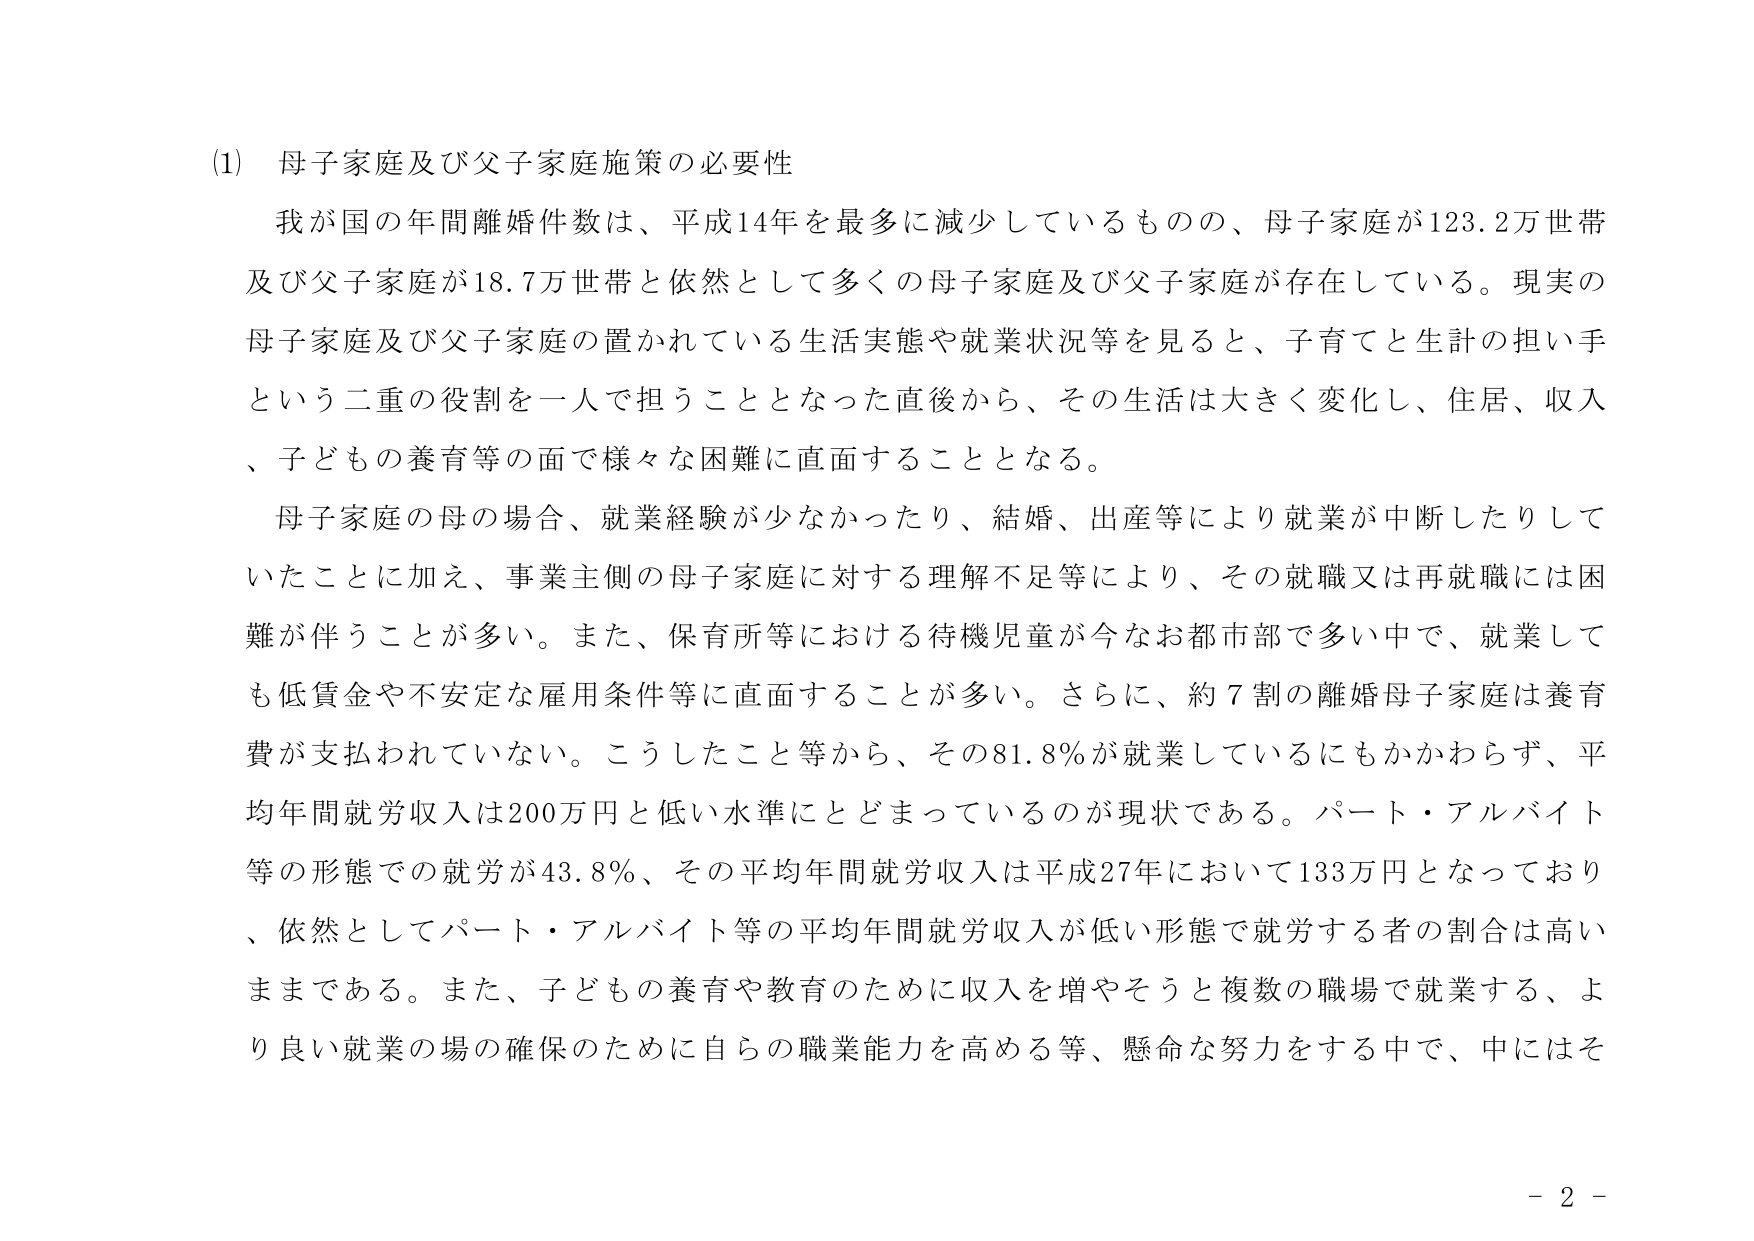
(1) 母子家庭及び父子家庭施策の必要性
我が国の年間離婚件数は、平成14年を最多に減少しているものの、母子家庭が123.2万世帯及び父子家庭が18.7万世帯と依然として多くの母子家庭及び父子家庭が存在している。現実の母子家庭及び父子家庭の置かれている生活実態や就業状況等を見ると、子育てと生計の担い手という二重の役割を一人で担うこととなった直後から、その生活は大きく変化し、住居、収入、子どもの養育等の面で様々な困難に直面することとなる。
母子家庭の母の場合、就業経験が少なかったり、結婚、出産等により就業が中断したりしていたことに加え、事業主側の母子家庭に対する理解不足等により、その就職又は再就職には困難が伴うことが多い。また、保育所等における待機児童が今なお都市部で多い中で、就業しても低賃金や不安定な雇用条件等に直面することが多い。さらに、約7割の離婚母子家庭は養育費が支払われていない。こうしたこと等から、その81.8％が就業しているにもかかわらず、平均年間就労収入は200万円と低い水準にとどまっているのが現状である。パート・アルバイト等の形態での就労が43.8％、その平均年間就労収入は平成27年において133万円となっており、依然としてパート・アルバイト等の平均年間就労収入が低い形態で就労する者の割合は高いままである。また、子どもの養育や教育のために収入を増やそうと複数の職場で就業する、より良い就業の場の確保のために自らの職業能力を高める等、懸命な努力をする中で、中にはそ
- 2 -